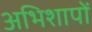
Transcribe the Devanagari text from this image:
अभिशापों